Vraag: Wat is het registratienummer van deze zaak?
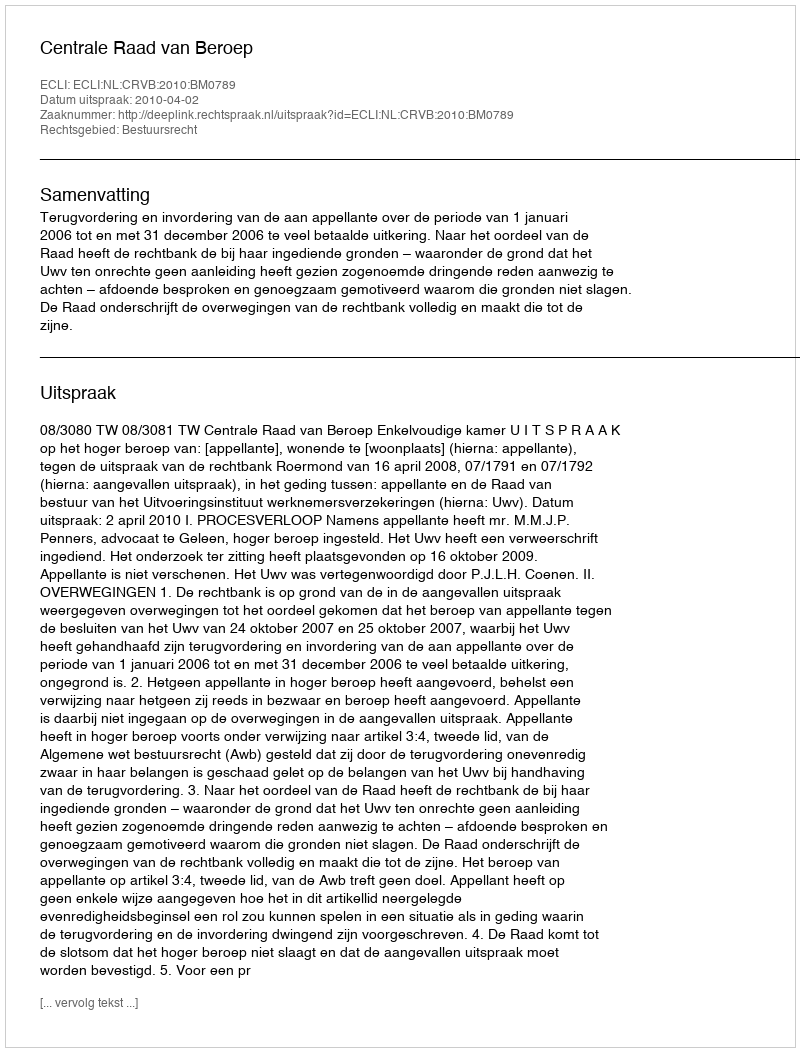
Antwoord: http://deeplink.rechtspraak.nl/uitspraak?id=ECLI:NL:CRVB:2010:BM0789